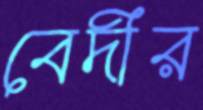
বেদীর